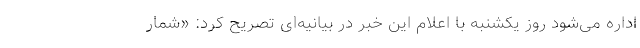
اداره می‌شود روز یکشنبه با اعلام این خبر در بیانیه‌ای تصریح کرد: «شمار